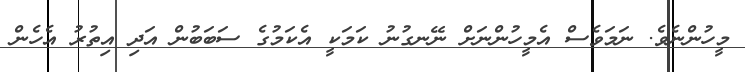
މީހުންނެވެ. ނަމަވެސް އެމީހުންނަށް ނޭނގުނު ކަމަކީ އެކަމުގެ ސަބަބުން އަދި އިތުރު އެހެން